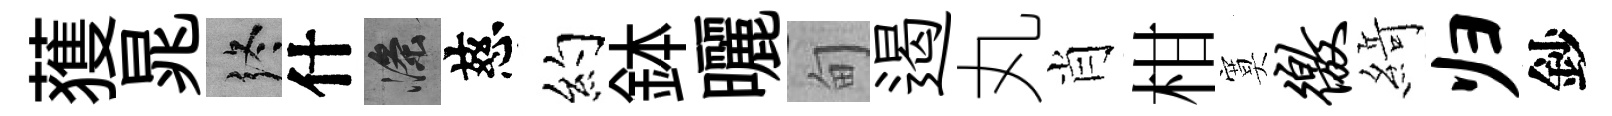
𫉬晁终什滌慈约鉢曬甸遏丸肖柑寞徼𦂶归鈔